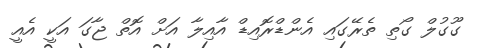
ގޫގުލް ގޯތި ތެރޭގައި އެންޑްރޮއިޑް އާއިލާ އަށް އޮތް ޖާގަ އަކީ އެއީ